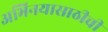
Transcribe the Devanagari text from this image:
अभिनयासाठीची